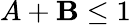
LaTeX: A+\mathbf{B}\le1